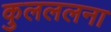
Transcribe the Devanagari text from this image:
कुलललना